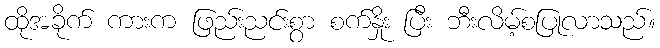
ထိုအခိုက် ကားက ဖြည်းညင်းစွာ စက်နှိုး ပြီး ဘီးလိမ့်စပြုလာသည်။